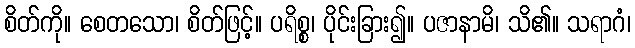
စိတ်ကို။ စေတသော၊ စိတ်ဖြင့်။ ပရိစ္စ၊ ပိုင်းခြား၍။ ပဇာနာမိ၊ သိ၏။ သရာဂံ၊